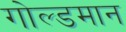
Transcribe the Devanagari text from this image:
गोल्डमान